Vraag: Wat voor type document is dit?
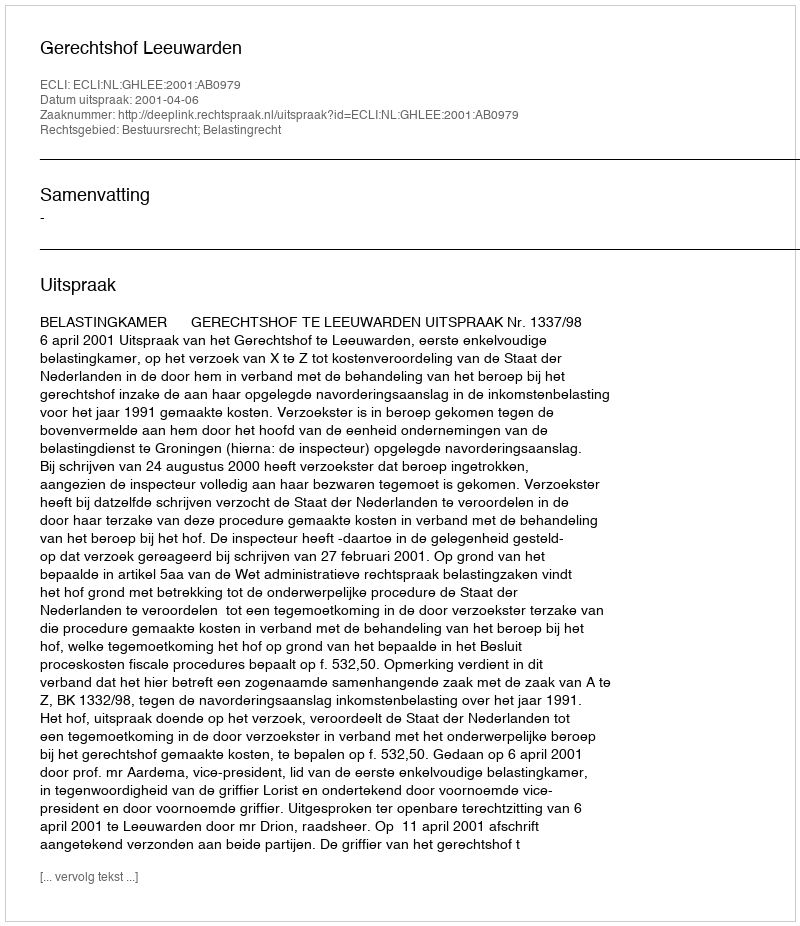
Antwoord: Uitspraak